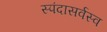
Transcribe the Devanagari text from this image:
स्पंदासर्वस्व